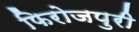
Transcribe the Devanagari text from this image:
फिरोजपुरी